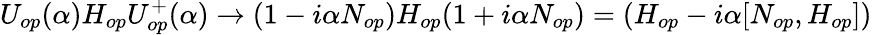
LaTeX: U_{op}(\alpha)H_{op}U_{op}^{+}(\alpha)\to(1-i\alpha N_{op})H_{op}(1+i\alpha N_{op})=(H_{op}-i\alpha[N_{op},H_{op}])